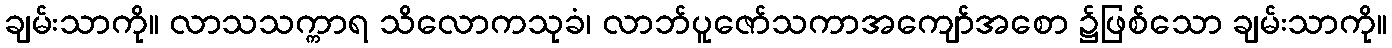
ချမ်းသာကို။ လာသသက္ကာရ သိလောကသုခံ၊ လာဘ်ပူဇော်သကာအကျော်အစော ၌ဖြစ်သော ချမ်းသာကို။